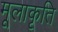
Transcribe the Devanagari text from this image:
मूलाकृति